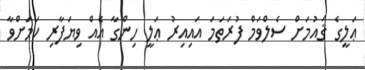
ޢަލީގެ ޤައުމަށް ސެލްވަމް ފުރަތަމަ އައިއިރު ޢަލީ ހިންގާ އެއް ވިޔަފާރި ކަމަށްވާ